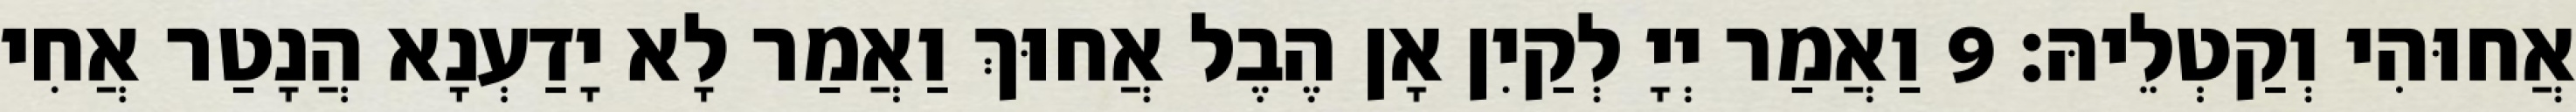
אֲחוּהִי וְקַטְלֵיהּ׃ 9 וַאֲמַר יְיָ לְקַיִן אָן הֶבֶל אֲחוּךְ וַאֲמַר לָא יָדַעְנָא הֲנָטַר אֲחִי